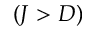
( J > D )